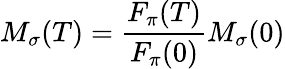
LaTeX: M_{\sigma}(T)={\frac{F_{\pi}(T)}{F_{\pi}(0)}}M_{\sigma}(0)